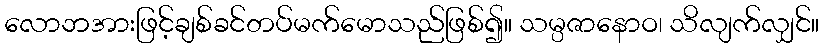
လောဘအားဖြင့်ချစ်ခင်တပ်မက်မောသည်ဖြစ်၍။ သမ္ပဇာနောဝ၊ သိလျက်လျှင်။